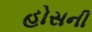
હોસની